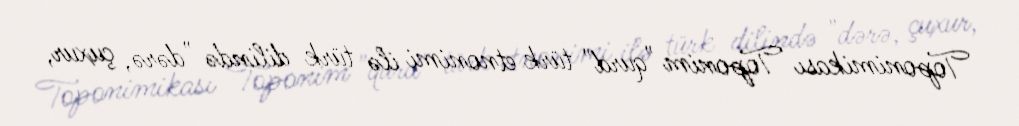
Toponimikası Toponim "qurd" türk etnonimi ilə türk dilində "dərə, çuxur,